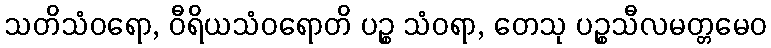
သတိသံဝရော, ဝီရိယသံဝရောတိ ပဉ္စ သံဝရာ, တေသု ပဉ္စသီလမတ္တမေဝ